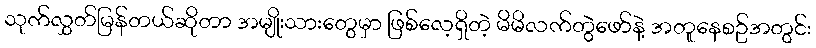
သုက်လွှတ်မြန်တယ်ဆိုတာ အမျိုးသားတွေမှာ ဖြစ်လေ့ရှိတဲ့ မိမိလက်တွဲဖော်နဲ့ အတူနေစဥ်အတွင်း